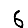
Digit: 6